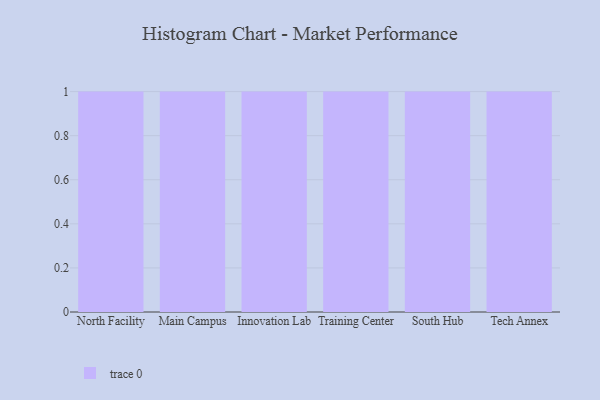
{"axis": {"x": "Campus", "y": "Tickets Resolved"}, "legend": [""], "data": [{"x": "North Facility", "y": 15, "type": ""}, {"x": "Main Campus", "y": 29, "type": ""}, {"x": "Innovation Lab", "y": 83, "type": ""}, {"x": "Training Center", "y": 46, "type": ""}, {"x": "South Hub", "y": 60, "type": ""}, {"x": "Tech Annex", "y": 45, "type": ""}]}